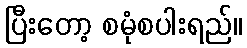
ပြီးတော့ စမုံစပါးရည်။